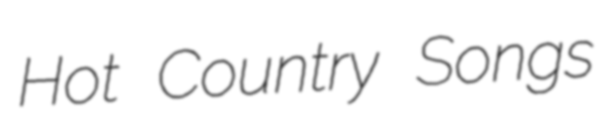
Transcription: Hot Country Songs